Annual administration report of the Civil Veterinary Department of India - 1896-1897
Year: 1896
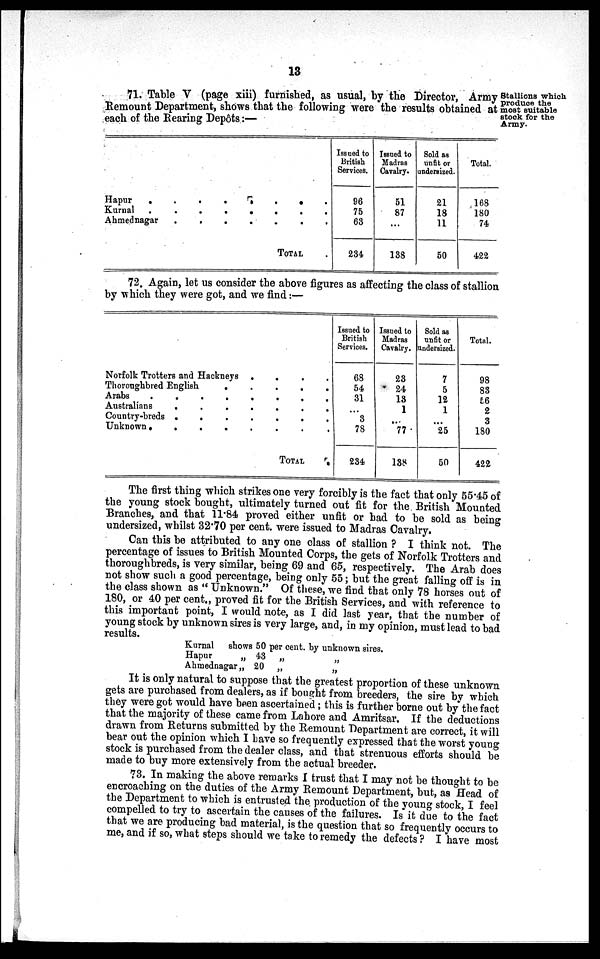
13
Stallions which
produce the
most suitable
stock for the
Army.
71. Table V (page xiii) furnished, as usual, by the Director, Army
Remount Department, shows that the following were the results obtained at
each of the Rearing Depôts:—
Hapur . . . . . . . .
Kurnal . . . . . . . .
Ahmednagar . . . . . . . .
TOTAL
Issued to
British
Services.
96
75
63
234
Issued to
Madras
Cavalry.
51
87
...
138
Sold as
unfit or
undersized.
21
18
11
50
Total.
168
180
74
422
72. Again, let us consider the above figures as affecting the class of stallion
by which they were got, and we find:—
Norfolk Trotters and Hackneys
.
.
.
.
.
Thoroughbred English
.
.
.
.
.
Arabs
.
.
.
.
.
Australians
.
.
.
.
.
Country-breds
.
.
.
.
.
Unknown.
.
.
.
.
TOTAL
Issued to
British
Services.
68
54
31
...
3
78
234
Issued to
Madras
Cavalry.
23
24
13
1
...
77
138
Sold as
unfit or
undersized.
7
5
12
1
...
25
50
Total.
98
83
56
2
3
180
422
The first thing which strikes one very forcibly is the fact that only 55.45 of
the young stock bought, ultimately turned out fit for the British Mounted
Branches, and that 11.84 proved either unfit or bad to be sold as being
undersized, whilst 32.70 per cent. were issued to Madras Cavalry.
Can this be attributed to any one class of stallion? I think not. The
percentage of issues to British Mounted Corps, the gets of Norfolk Trotters and
thoroughbreds, is very similar, being 69 and 65, respectively. The Arab does
not show such a good percentage, being only 55; but the great falling off is in
the class shown as "Unknown." Of these, we find that only 78 horses out of
180, or 40 per cent., proved fit for the British Services, and with reference to
this important point, I would note, as I did last year, that the number of
young stock by unknown sires is very large, and, in my opinion, must lead to bad
results.
Kurnal
Hapur
Ahmednagar
shows 50 per cent. by unknown sires.
„ 43 „ „
„ 20 „
„
It is only natural to suppose that the greatest proportion of these unknown
gets are purchased from dealers, as if bought from breeders, the sire by which
they were got would have been ascertained; this is further borne out by the fact
that the majority of these came from Lahore and Amritsar. If the deductions
drawn from Returns submitted by the Remount Department are correct, it will
bear out the opinion which I have so frequently expressed that the worst young
stock is purchased from the dealer class, and that strenuous efforts should be
made to buy more extensively from the actual breeder.
73. In making the above remarks I trust that I may not be thought to be
encroaching on the duties of the Army Remount Department, but, as Head of
the Department to which is entrusted the production of the young stock, I feel
compelled to try to ascertain the causes of the failures. Is it due to the fact
that we are producing bad material, is the question that so frequently occurs to
me, and if so, what steps should we take to remedy the defects? I have most